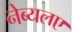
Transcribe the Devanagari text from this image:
नेब्यलए